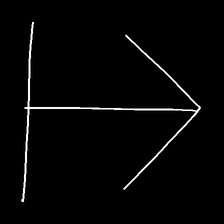
Glyph: levitation